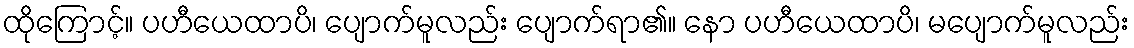
ထိုကြောင့်။ ပဟီယေထာပိ၊ ပျောက်မူလည်း ပျောက်ရာ၏။ နော ပဟီယေထာပိ၊ မပျောက်မူလည်း